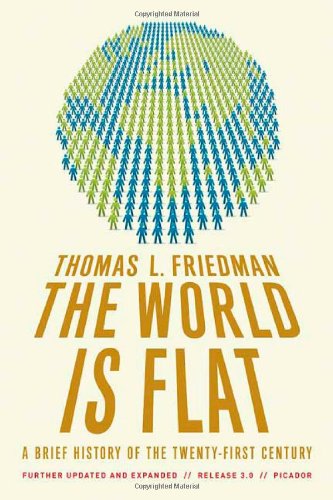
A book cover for The World Is Flat 3.0: A Brief History of the Twenty-first Century; Thomas L. Friedman; Science & Math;